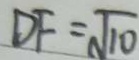
D F = \sqrt { 1 0 }